Report on lock hospitals in British Burma
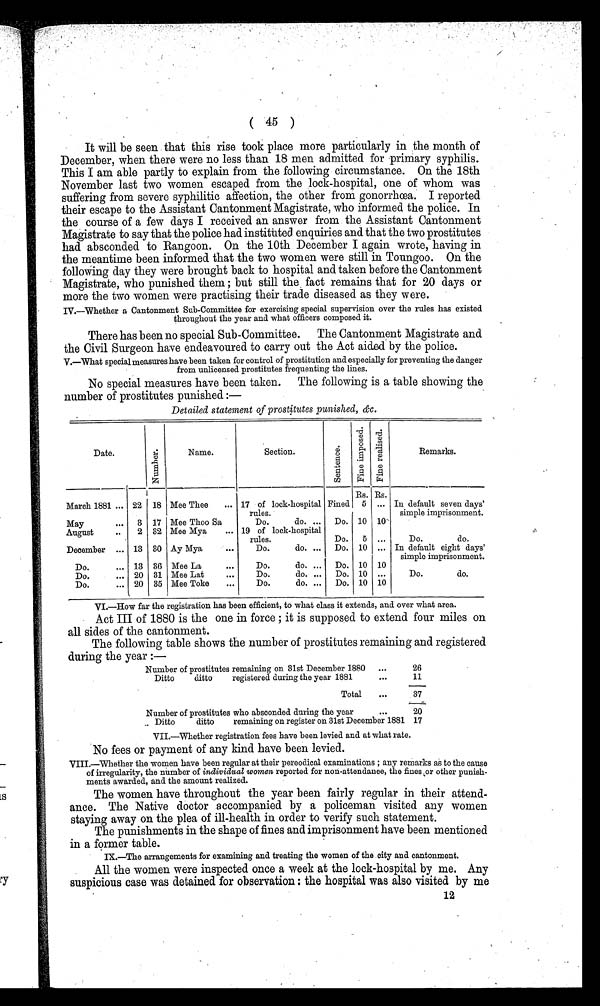
( 45 )
It will be seen that this rise took place more particularly in the month of
December, when there were no less than 18 men admitted for primary syphilis.
This I am able partly to explain from the following circumstance. On the 18th
November last two women escaped from the lock-hospital, one of whom was
suffering from severe syphilitic affection, the other from gonorrhoea. I reported
their escape to the Assistant Cantonment Magistrate, who informed the police. In
the course of a few days I received an answer from the Assistant Cantonment
Magistrate to say that the police had instituted enquiries and that the two prostitutes
had absconded to Rangoon. On the 10th December I again wrote, having in
the meantime been informed that the two women were still in Toungoo. On the
following day they were brought back to hospital and taken before the Cantonment
Magistrate, who punished them ; but still the fact remains that for 20 days or
more the two women were practising their trade diseased as they were.
IV.—Whether a Cantonment Sub-Committee for exercising special supervision over the rules has existed
throughout the year and what officers composed it.
There has been no special Sub-Committee. The Cantonment Magistrate and
the Civil Surgeon have endeavoured to carry out the Act aided by the police.
V.—What special measures have been taken for control of prostitution and especially for preventing the danger
from unlicensed prostitutes frequenting the lines.
No special measures have been taken. The following is a table showing
the number of prostitutes punished :—
Detailed statement of prostitutes punished, &c.
Date.
N u m b e r .
Name.
Section.
S e n t e n c e .
Fi ne i mpos e d. Fi ne r eal i s ed.
Remarks.
March 1881 ... 22 18 Mee Thee
... 17 of lock-hospital
rules.
Fined
Rs. Rs.
In default seven days'
simple imprisonment.
...
5
May
•••
3 17 Mee Thoo Sa
Do.
do. ...
Do. 10 10
Do.
do.
August
..
2 32 Mee Mya
... 19 of lock-hospital
rules.
Do.
5 ...
December ... 13 30 Ay Mya
...
Do.
do. ...
Do. 10 ... In default eight days'
simple imprisonment.
Do.
... 13 36 Mee La
...
Do.
do. ...
Do. 10 10
Do.
do.
Do.
... 20 31 Mee Lat
Do.
do. ...
Do. 10 ...
Do.
... 20 35 Mee Toke
...
Do.
do. ...
Do. 10 10
VI.—How far the registration has been efficient, to what class it extends, and over what area.
Act III of 1880 is the one in force ; it is supposed to extend four miles on
all sides of the cantonment.
The following table shows the number of prostitutes remaining and registered
Suring the year :—
Number of prostitutes remaining on 31st December 1880
...
26
Ditto
ditto
registered during the year 1881
. . .
11
Total
...
37
Number of prostitutes who absconded during the year
. . .
20
Ditto
ditto
remaining on register on 31st December 1881 17
VII.—Whether registration fees have been levied and at what rate.
No fees or payment of any kind have been levied.
VIII.—Whether the women have been regular at their pereodical examinations ; any remarks as to the cause
of irregularity, the number of individual women reported for non-attendance, the fines or other punish–
ments awarded, and the amount realized.
The women have throughout the year been fairly regular in their attend-
ance. The Native doctor accompanied by a policeman visited any women
staying away on the plea of ill-health in order to verify such statement.
The punishments in the shape of fines and imprisonment have been mentioned
in a former table.
IX.—The arrangements for examining and treating the women of the city and cantonment.
All the women were inspected once a week at the lock-hospital by me. Any
suspicious case was detained for observation : the hospital was also visited by me
12